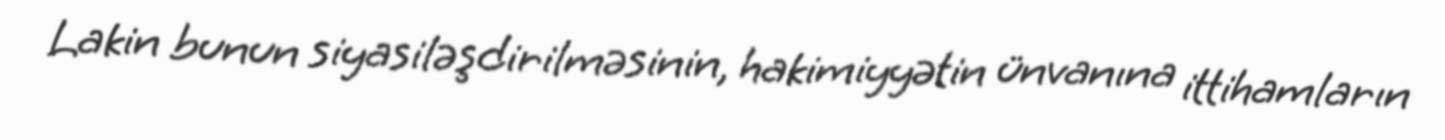
Lakin bunun siyasiləşdirilməsinin, hakimiyyətin ünvanına ittihamların